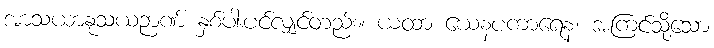
အာသယာနုသယဉာဏ် နှစ်ပါးပင်လျှင်တည်း။ ယထာ ယေနပကာရေန၊ အကြင်သို့သော